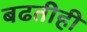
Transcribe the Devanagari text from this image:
बढतीही